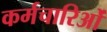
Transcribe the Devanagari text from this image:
कर्मचारिओं